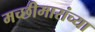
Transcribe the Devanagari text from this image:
मच्छीमारांच्या